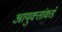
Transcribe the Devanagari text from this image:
आयुक्‍तांकडे